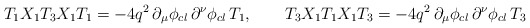
\begin{align*}T_{1}X_{1}T_{3}X_{1}T_{1}=-4q^{2}\,\partial _{\mu }\phi _{cl}\,\partial^{\nu }\phi _{cl}\,T_{1},\qquad T_{3}X_{1}T_{1}X_{1}T_{3}=-4q^{2}\,\partial_{\mu }\phi _{cl}\,\partial ^{\nu }\phi _{cl}\,T_{3}\quad \quad \quad\end{align*}